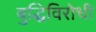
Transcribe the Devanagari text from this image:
बुद्धिविरोधी